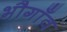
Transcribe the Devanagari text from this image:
भौगाँव